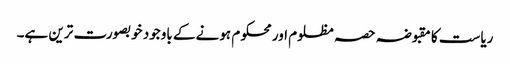
ریاست کا مقبوضہ حصہ مظلوم اور محکوم ہونے کے باوجود خوبصورت ترین ہے۔